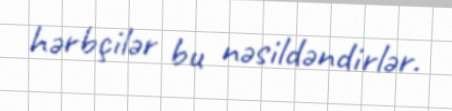
hərbçilər bu nəsildəndirlər.